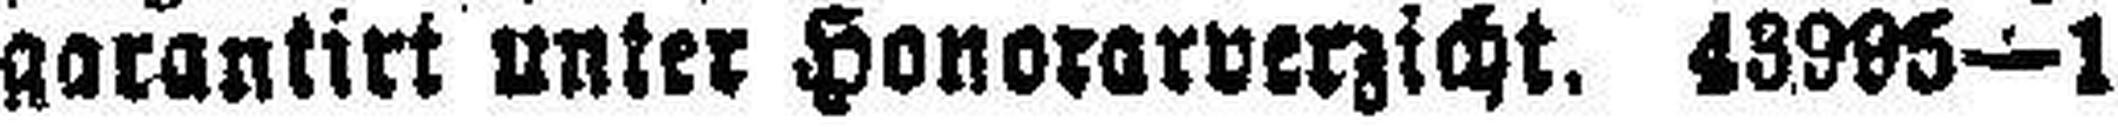
garantirt unter Honorarverzicht. 43995—1